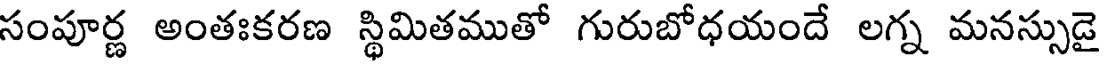
సంపూర్ణ అంతఃకరణ స్థిమితముతో గురుబోధయందే లగ్న మనస్సుడై